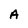
Character: A